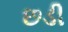
છડી